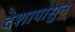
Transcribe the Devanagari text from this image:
देशापासुन